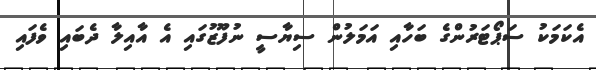
އެކަމަކު ސަޕޯޓަރުންގެ ބަހާއި އަމަލުން ސިޔާސީ ނުފޫޒުގައި އެ އާއިލާ ދެބައި ވެފައި